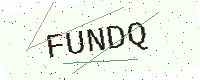
Text: FUNDQ